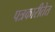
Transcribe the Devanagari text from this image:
पत्रकारीतेत